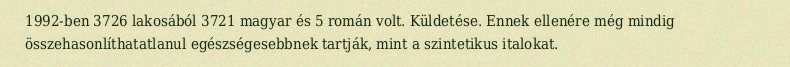
1992-ben 3726 lakosából 3721 magyar és 5 román volt. Küldetése. Ennek ellenére még mindig összehasonlíthatatlanul egészségesebbnek tartják, mint a szintetikus italokat.